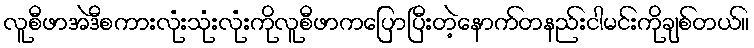
လူစီဖာအဲဒီစကားလုံးသုံးလုံးကိုလူစီဖာကပြောပြီးတဲ့နောက်တနည်းငါမင်းကိုချစ်တယ်။